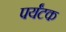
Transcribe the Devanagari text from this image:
पर्यंटक